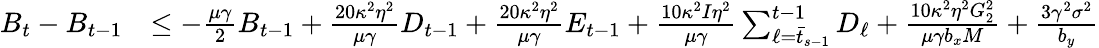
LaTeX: \begin{array}{rl}{B_{t}-B_{t-1}}&{\leq-\frac{\mu\gamma}{2}B_{t-1}+\frac{20\kappa^{2}\eta^{2}}{\mu\gamma}D_{t-1}+\frac{20\kappa^{2}\eta^{2}}{\mu\gamma}E_{t-1}+\frac{10\kappa^{2}I\eta^{2}}{\mu\gamma}\sum_{\ell=\bar{t}_{s-1}}^{t-1}D_{\ell}+\frac{10\kappa^{2}\eta^{2}G_{2}^{2}}{\mu\gamma b_{x}M}+\frac{3\gamma^{2}\sigma^{2}}{b_{y}}}\end{array}